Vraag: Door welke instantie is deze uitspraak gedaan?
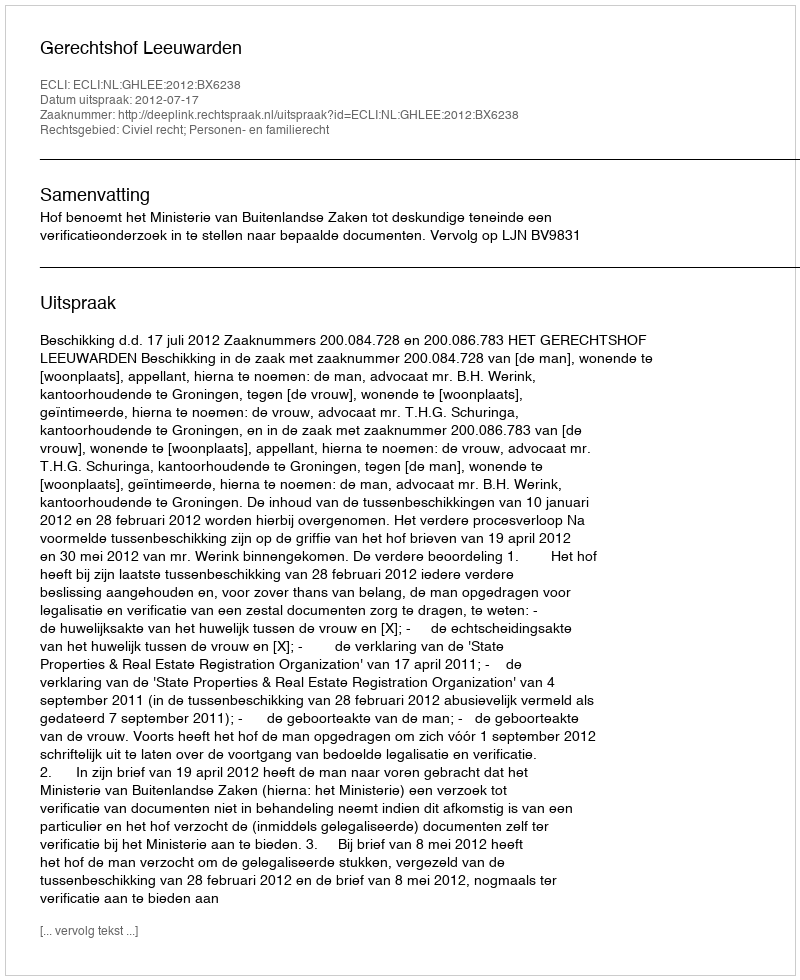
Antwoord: Gerechtshof Leeuwarden